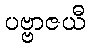
ပဗ္ဗာဇယီ